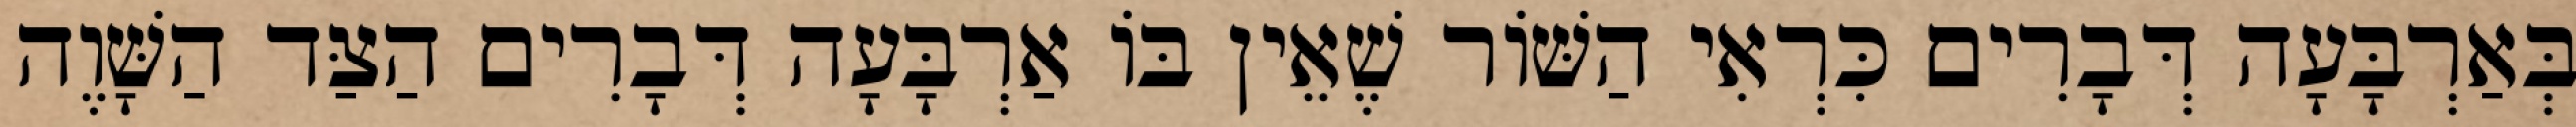
בְּאַרְבָּעָה דְּבָרִים כִּרְאִי הַשּׁוֹר שֶׁאֵין בּוֹ אַרְבָּעָה דְּבָרִים הַצַּד הַשָּׁוֶה